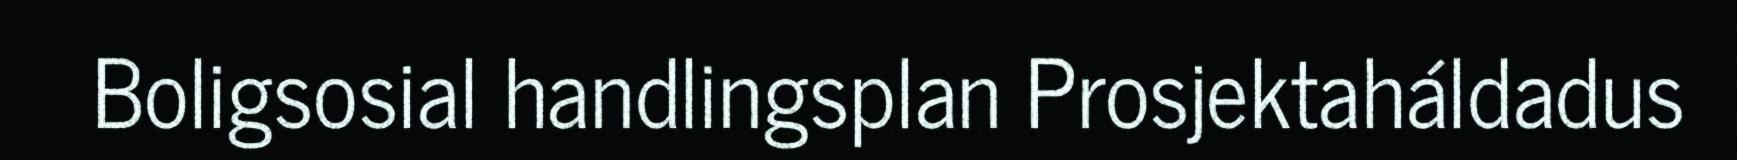
Boligsosial handlingsplan Prosjektaháldadus